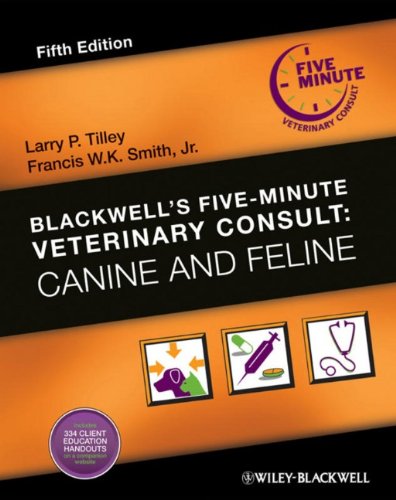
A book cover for Blackwell's Five-Minute Veterinary Consult: Canine and Feline; Medical Books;